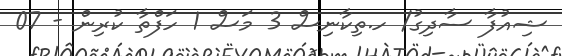
ޝިއުފާ ސާދިގު/ ހ.ތިކާނިސް 3 މަސް 1 ހަފްތާ ކުރިން - 07